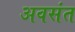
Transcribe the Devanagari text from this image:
अवसंत